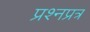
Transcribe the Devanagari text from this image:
प्रश्नप्रत्र